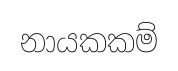
නායකකම්